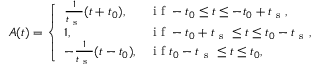
\begin{array} { r } { A ( t ) = \left\{ \begin{array} { l l } { \frac { 1 } { t _ { \mathrm { ~ s ~ } } } ( t + t _ { 0 } ) , } & { \mathrm { ~ i ~ f ~ } - t _ { 0 } \leq t \leq - t _ { 0 } + t _ { \mathrm { ~ s ~ } } , } \\ { 1 , } & { \mathrm { ~ i ~ f ~ } - t _ { 0 } + t _ { \mathrm { ~ s ~ } } \leq t \leq t _ { 0 } - t _ { \mathrm { ~ s ~ } } , } \\ { - \frac { 1 } { t _ { \mathrm { ~ s ~ } } } ( t - t _ { 0 } ) , } & { \mathrm { ~ i ~ f ~ } t _ { 0 } - t _ { \mathrm { ~ s ~ } } \leq t \leq t _ { 0 } , } \end{array} \right. } \end{array}